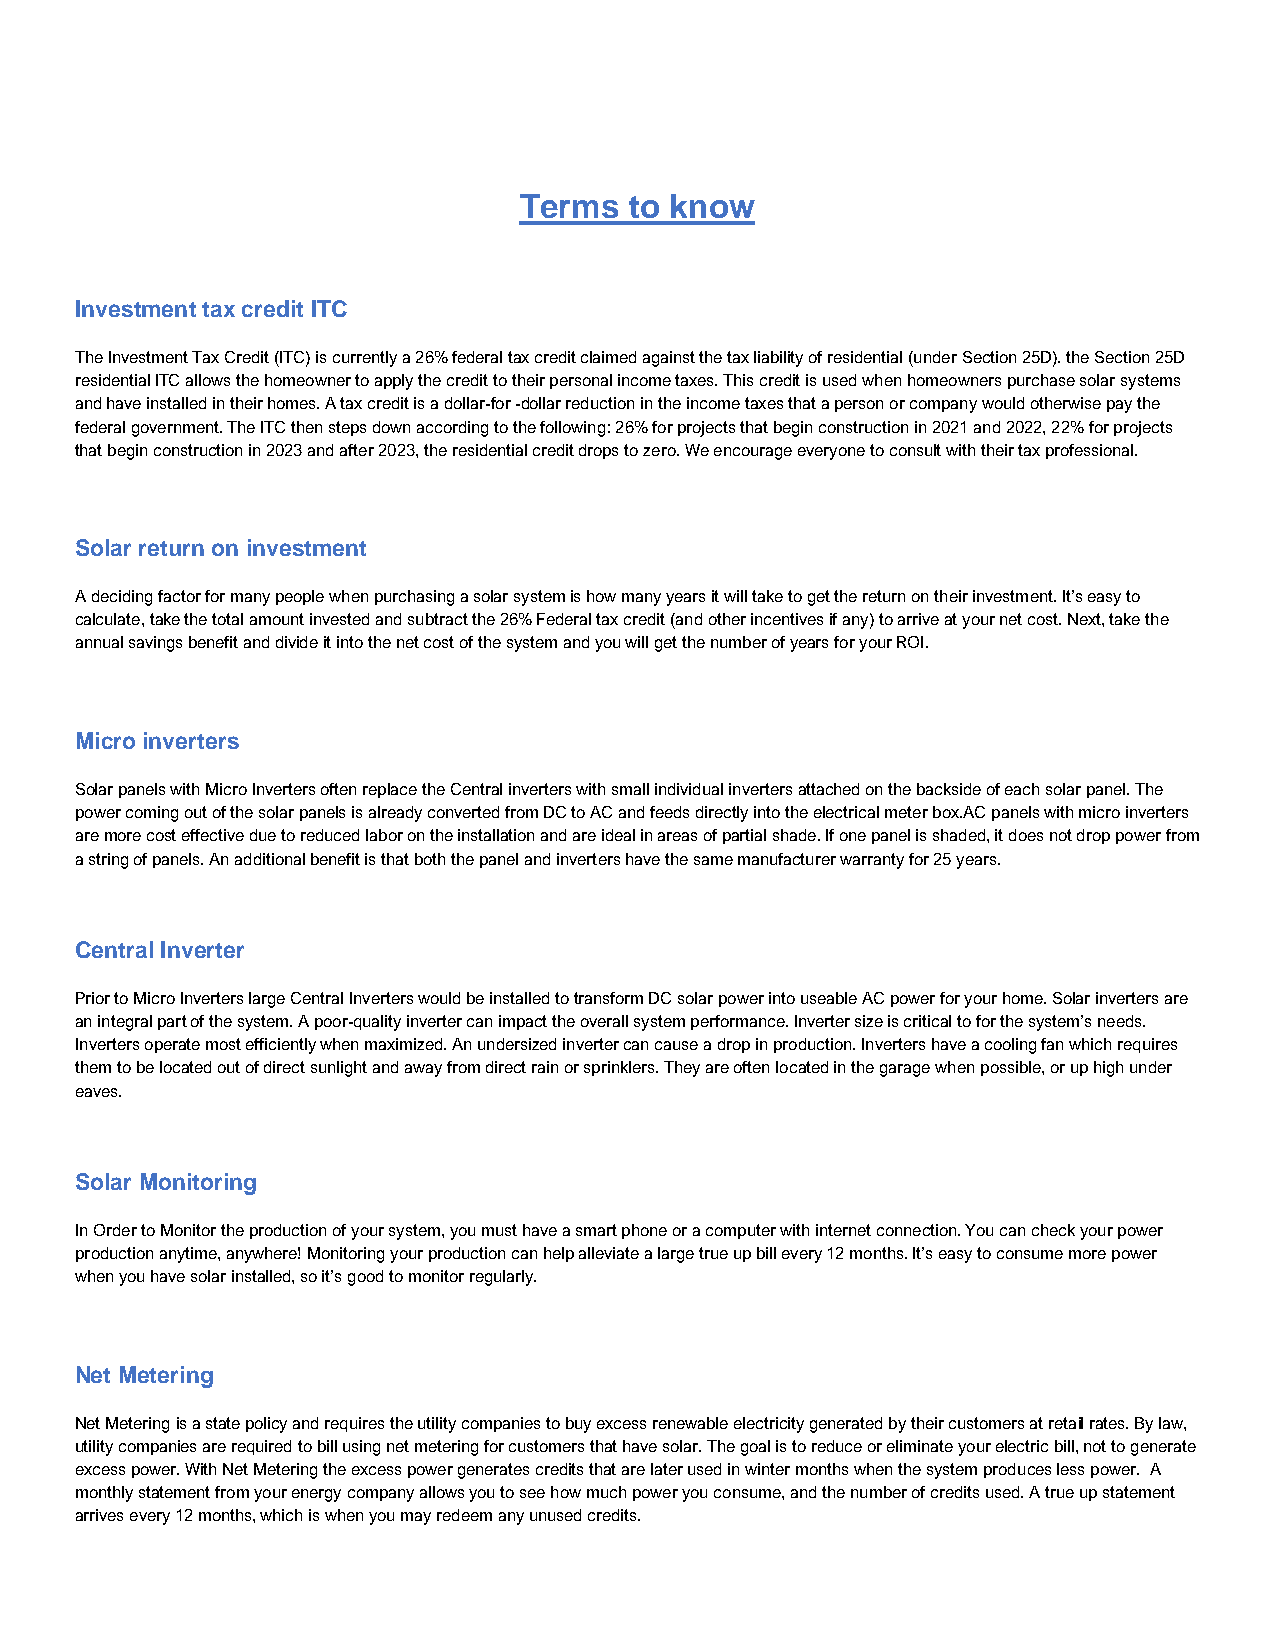
Terms   to know
 Investment tax credit ITC
 The Investment Tax Credit (ITC) is currently a 26% federal tax credit claimed against the tax liability of residential (under Section 25D). the Section 25D
 residential ITC allows the homeowner to apply the credit to their personal income taxes. This credit is used when homeowners purchase solar systems
 and have installed in their homes. A tax credit is a dollar-for -dollar reduction in the income taxes that a person or company would otherwise pay the
 federal government. The ITC then steps down according to the following: 26% for projects that begin construction in 2021 and 2022, 22% for projects
 that begin construction in 2023 and after 2023, the residential credit drops to zero. We encourage everyone to consult with their tax professional.
 Solar return on investment
 A deciding factor for many people when purchasing a solar system is how many years it will take to get the return on their investment. It’s easy to
 calculate, take the total amount invested and subtract the 26% Federal tax credit (and other incentives if any) to arrive at your net cost. Next, take the
 annual savings benefit and divide it into the net cost of the system and you will get the number of years for your ROI.
 Micro inverters
 Solar panels with Micro Inverters often replace the Central inverters with small individual inverters attached on the backside of each solar panel. The
 power coming out of the solar panels is already converted from DC to AC and feeds directly into the electrical meter box.AC panels with micro inverters
 are more cost effective due to reduced labor on the installation and are ideal in areas of partial shade. If one panel is shaded, it does not drop power from
 a string of panels. An additional benefit is that both the panel and inverters have the same manufacturer warranty for 25 years.
 Central Inverter
 Prior to Micro Inverters large Central Inverters would be installed to transform DC solar power into useable AC power for your home. Solar inverters are
 an integral part of the system. A poor-quality inverter can impact the overall system performance. Inverter size is critical to for the system’s needs.
 Inverters operate most efficiently when maximized. An undersized inverter can cause a drop in production. Inverters have a cooling fan which requires
 them to be located out of direct sunlight and away from direct rain or sprinklers. They are often located in the garage when possible, or up high under
 eaves.
 Solar Monitoring
 In Order to Monitor the production of your system, you must have a smart phone or a computer with internet connection. You can check your power
 production anytime, anywhere! Monitoring your production can help alleviate a large true up bill every 12 months. It’s easy to consume more power
 when you have solar installed, so it’s good to monitor regularly.
 Net Metering
 Net Metering is a state policy and requires the utility companies to buy excess renewable electricity generated by their customers at retail rates. By law,
 utility companies are required to bill using net metering for customers that have solar. The goal is to reduce or eliminate your electric bill, not to generate
 excess power. With Net Metering the excess power generates credits that are later used in winter months when the system produces less power. A
 monthly statement from your energy company allows you to see how much power you consume, and the number of credits used. A true up statement
 arrives every 12 months, which is when you may redeem any unused credits.